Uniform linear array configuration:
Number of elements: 64
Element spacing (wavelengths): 0.5
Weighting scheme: exponential
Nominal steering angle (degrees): -15
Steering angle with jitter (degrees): -14.196
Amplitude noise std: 0.05
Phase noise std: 0.05

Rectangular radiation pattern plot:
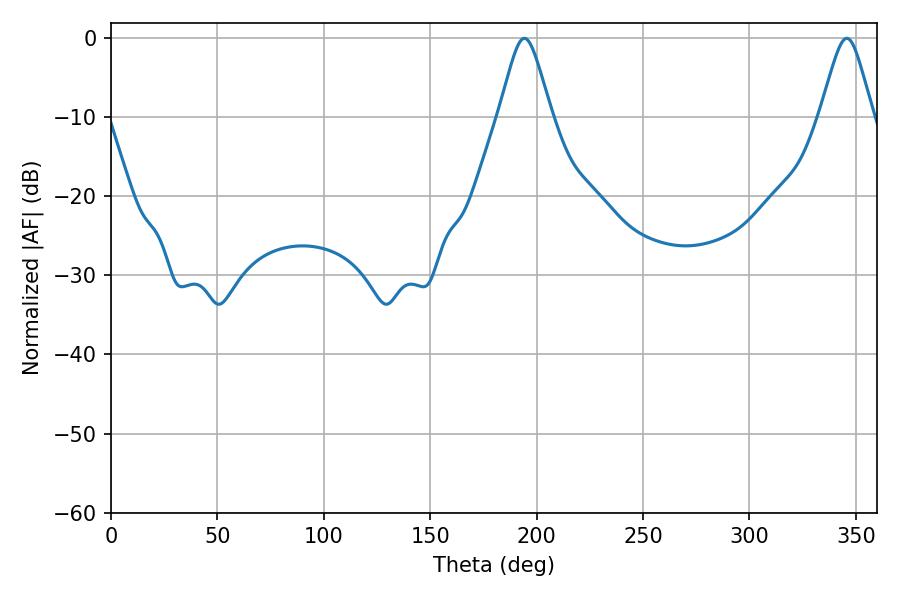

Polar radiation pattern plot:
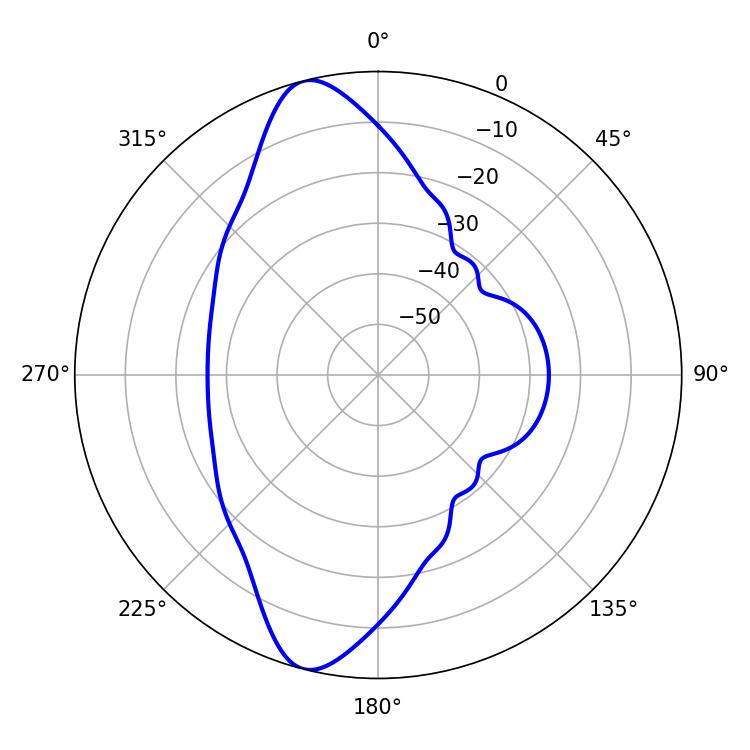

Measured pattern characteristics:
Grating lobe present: FALSE
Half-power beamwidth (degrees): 11.88
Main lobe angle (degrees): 194.22